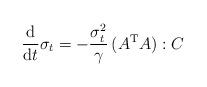
LaTeX: \begin{align*} \frac{\rm d}{{\rm d}t} \sigma_t = - \frac{\sigma_t^2}{\gamma} \,(A^{\rm T}A):C \end{align*}